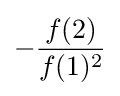
-{\frac {f(2)}{f(1)^{2}}}